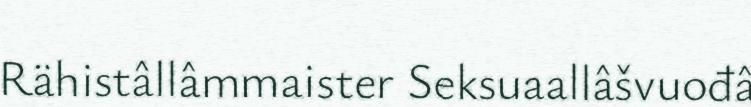
Rähistâllâmmaister Seksuaallâšvuođâ